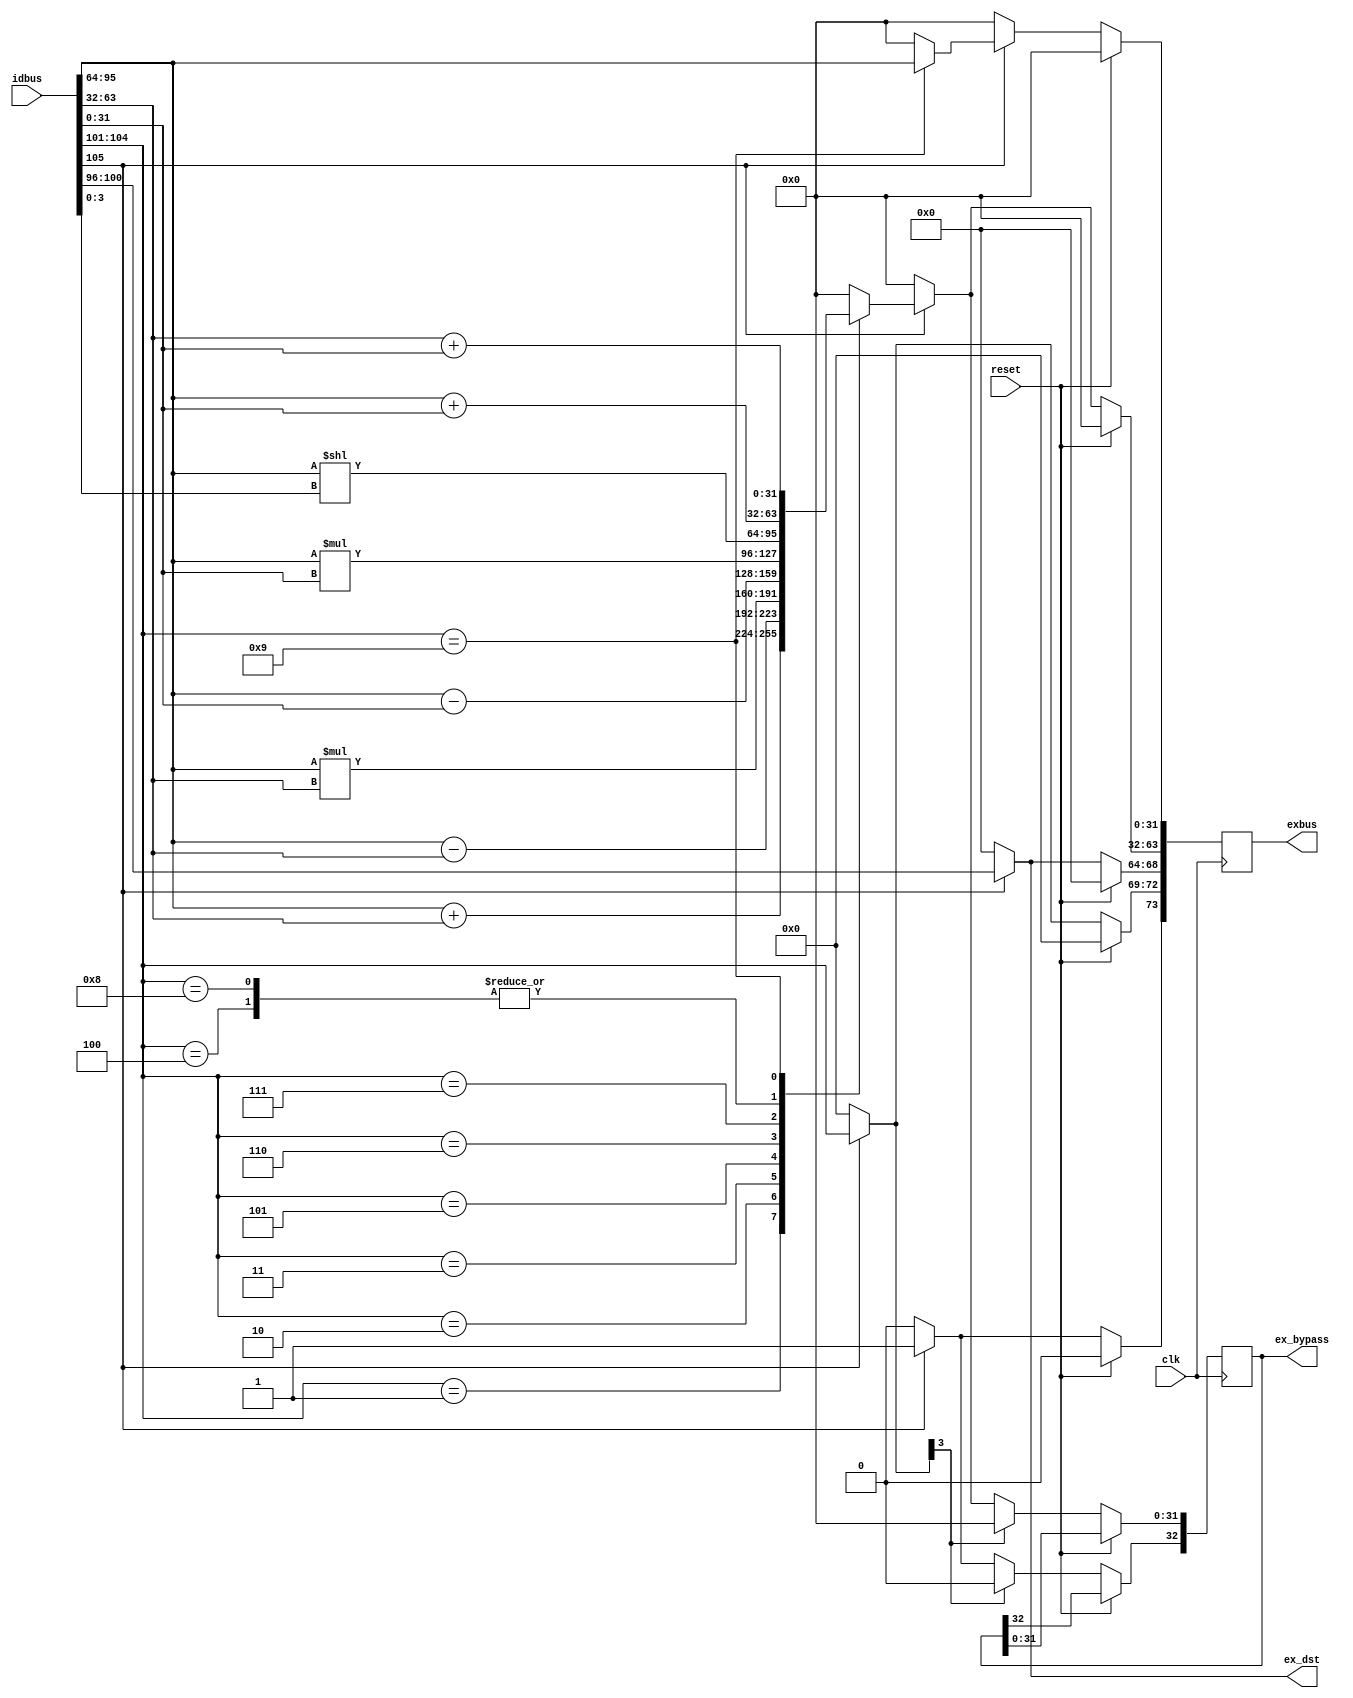
module alu_stage(clk, reset, idbus, exbus, ex_dst, ex_bypass);
  input clk, reset;
  input [105:0] idbus;
  output [73:0] exbus;
  output [4:0] ex_dst;
  output [32:0] ex_bypass;
  reg [32:0] ex_bypass;
  
  reg [73:0] exbus;
  reg [4:0] ex_dst;
  
  wire idbus_valid;
  wire [3:0] idbus_op;
  wire [4:0] idbus_dst;
  wire [31:0] idbus_r1;
  wire [31:0] idbus_r2;
  wire [31:0] idbus_imm;
  
  reg exbus_valid;
  reg [3:0] exbus_op;
  reg [4:0] exbus_dst;
  reg [31:0] exbus_res;
  reg [31:0] exbus_stval;
  
  assign idbus_valid = idbus[105];
  assign idbus_op = idbus[104:101];
  assign idbus_dst = idbus[100:96];
  assign idbus_r1 = idbus[95:64];
  assign idbus_r2 = idbus[63:32];
  assign idbus_imm = idbus[31:0];
  
  always @(*) begin
    if (idbus_valid)
      ex_dst <= idbus_dst;
    else
      ex_dst <= 0;
  end
  
  always @(*) begin
    exbus_valid <= 0;
    exbus_op <= 0;
    exbus_dst <= 0;
    exbus_res <= 32'h00000000;
    exbus_stval <= 32'h00000000;
    if (idbus_valid) begin
      exbus_valid <= 1'b1;
      exbus_op <= idbus_op;
      exbus_dst <= idbus_dst;
      case(idbus_op)
        4'b0001:begin
          exbus_res <= idbus_r1 + idbus_r2;
        end
        4'b0010:begin
          exbus_res <= idbus_r1 - idbus_r2;
        end
        4'b0011:begin
          exbus_res <= idbus_r1 * idbus_r2;
        end
        4'b0100:begin
          exbus_res <= idbus_r1 + idbus_imm;
        end
        4'b0101:begin
          exbus_res <= idbus_r1 - idbus_imm;
        end
        4'b0110:begin
          exbus_res <= idbus_r1 * idbus_imm;
        end
        4'b0111:begin
          exbus_res <= idbus_r1 << idbus_imm[3:0];
        end
        4'b1000:begin
          exbus_res <= idbus_r1 + idbus_imm;
        end
        4'b1001:begin
          exbus_res <= idbus_r2 + idbus_imm;
          exbus_stval <= idbus_r1;
        end
      endcase
    end
  end
  
  always @(posedge clk) begin
    if (reset)
      exbus <= 0;
    else begin
      exbus[73] <= exbus_valid;
      exbus[72:69] <= exbus_op;
      exbus[68:64] <= exbus_dst;
      exbus[63:32] <= exbus_res;
      exbus[31:0] <= exbus_stval;
      if ((exbus_op[3]==1'b0)) begin
        ex_bypass[31:0] <= exbus_res;
        ex_bypass[32] <= exbus_valid;
      end else begin 
        ex_bypass <= 0;
      end
    end
  end
endmodule